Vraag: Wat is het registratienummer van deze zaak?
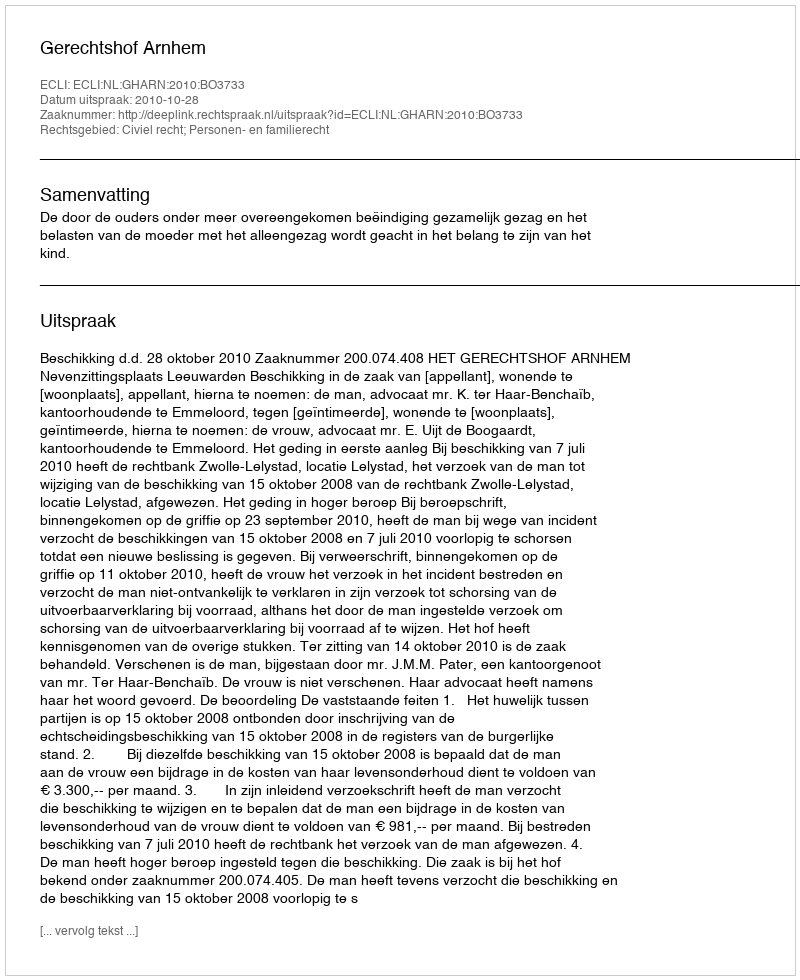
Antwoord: http://deeplink.rechtspraak.nl/uitspraak?id=ECLI:NL:GHARN:2010:BO3733